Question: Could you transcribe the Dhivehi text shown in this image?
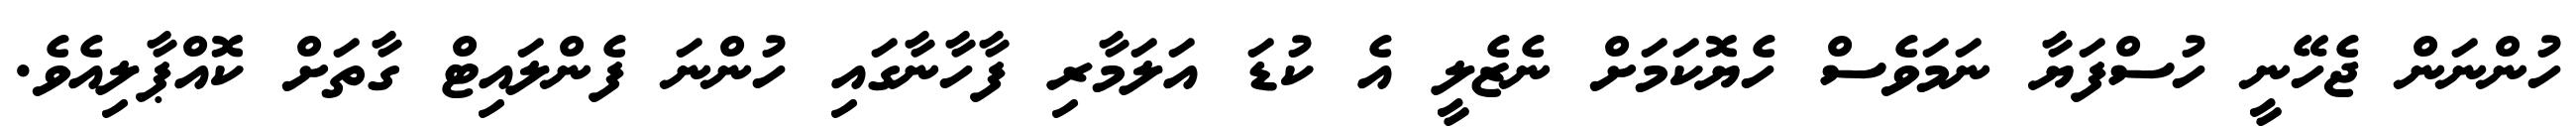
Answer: ހުންނަން ޖެހޭނީ ހުސްފަޔާ ނަމަވެސް ހެޔޮކަމަށް ނެޒެލީ އެ ކުޑަ އަލަމާރި ފާހާނާގައި ހުންނަ ފެންލައިޓް ގާތަށް ކޮއްޕާލިއެވެ.